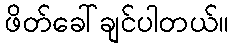
ဖိတ်ခေါ်ချင်ပါတယ်။